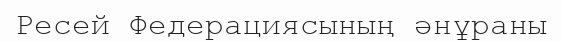
Ресей Федерациясының әнұраны